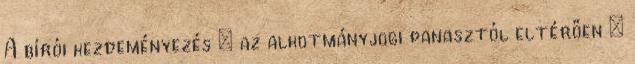
A bírói kezdeményezés – az alkotmányjogi panasztól eltérően –